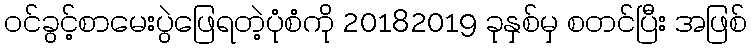
ဝင်ခွင့်စာမေးပွဲဖြေရတဲ့ပုံစံကို 20182019 ခုနှစ်မှ စတင်ပြီး အဖြစ်